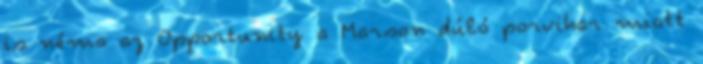
is néma az Opportunity a Marson dúló porvihar miatt